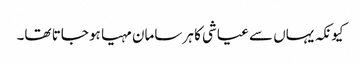
کیونکہ یہاں سے عیاشی کا ہر سامان مہیا ہو جاتا تھا۔